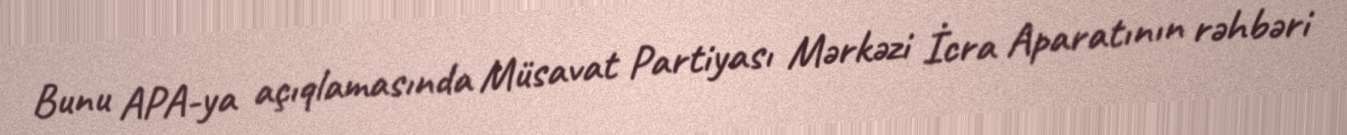
Bunu APA-ya açıqlamasında Müsavat Partiyası Mərkəzi İcra Aparatının rəhbəri